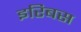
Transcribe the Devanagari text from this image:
इरिबस